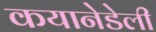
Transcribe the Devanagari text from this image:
कयानेडेली